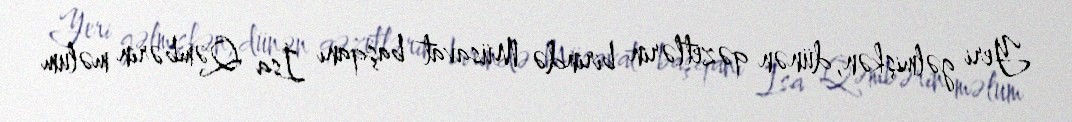
Yeri gəlmişkən, dünən qəzetlərin birində Müsavat başqanı İsa Qəmbərin məlum